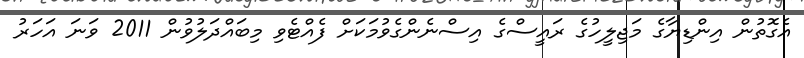
އެގޮތުން އިންޑިޔާގެ މަޖިލީހުގެ ރައީސްގެ އިސްނެންގެވުމަކަށް ފެއްޓެވި މިބައްދަލުވުން 2011 ވަނަ އަހަރު